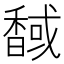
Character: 𲋯